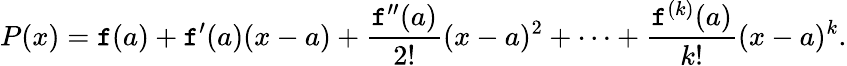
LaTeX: P(x)=\mathtt{f}(a)+\mathtt{f}^{\prime}(a)(x-a)+{\frac{{\mathtt{f}^{\prime\prime}(a)}}{{2!}}}(x-a)^{2}+\cdots+{\frac{{\mathtt{f}^{(k)}(a)}}{{k!}}}(x-a)^{k}.